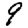
Digit: 9